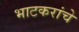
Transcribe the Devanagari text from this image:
भाटकरांचे